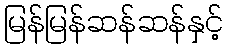
မြန်မြန်ဆန်ဆန်နှင့်